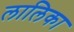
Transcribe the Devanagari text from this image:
लालिका